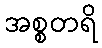
အစ္စတရိ